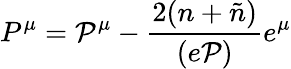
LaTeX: P^{\mu}={\cal P}^{\mu}-\frac{2(n+\tilde{n})}{(e{\cal P})}e^{\mu}